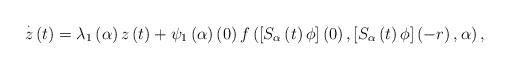
\begin{align*}\overset{\cdot }{z}\left( t\right) =\lambda _{1}\left( \alpha \right)z\left( t\right) +\psi _{1}\left( \alpha \right) \left( 0\right) f\left( \left[ S_{\alpha }\left( t\right) \phi \right] \left( 0\right) ,\left[S_{\alpha }\left( t\right) \phi \right] \left( -r\right) ,\alpha \right) ,\end{align*}